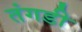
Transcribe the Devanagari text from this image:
तंगडी